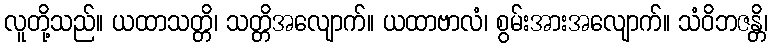
လူတို့သည်။ ယထာသတ္တိ၊ သတ္တိအလျောက်။ ယထာဗာလံ၊ စွမ်းအားအလျောက်။ သံဝိဘဇန္တိ၊